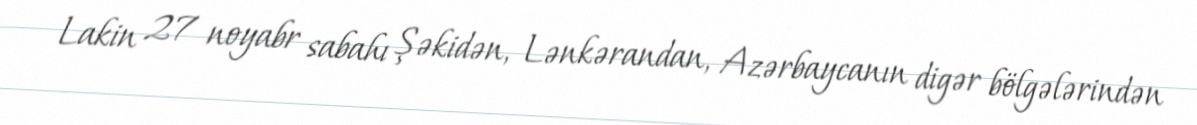
Lakin 27 noyabr sabahı Şəkidən, Lənkərandan, Azərbaycanın digər bölgələrindən